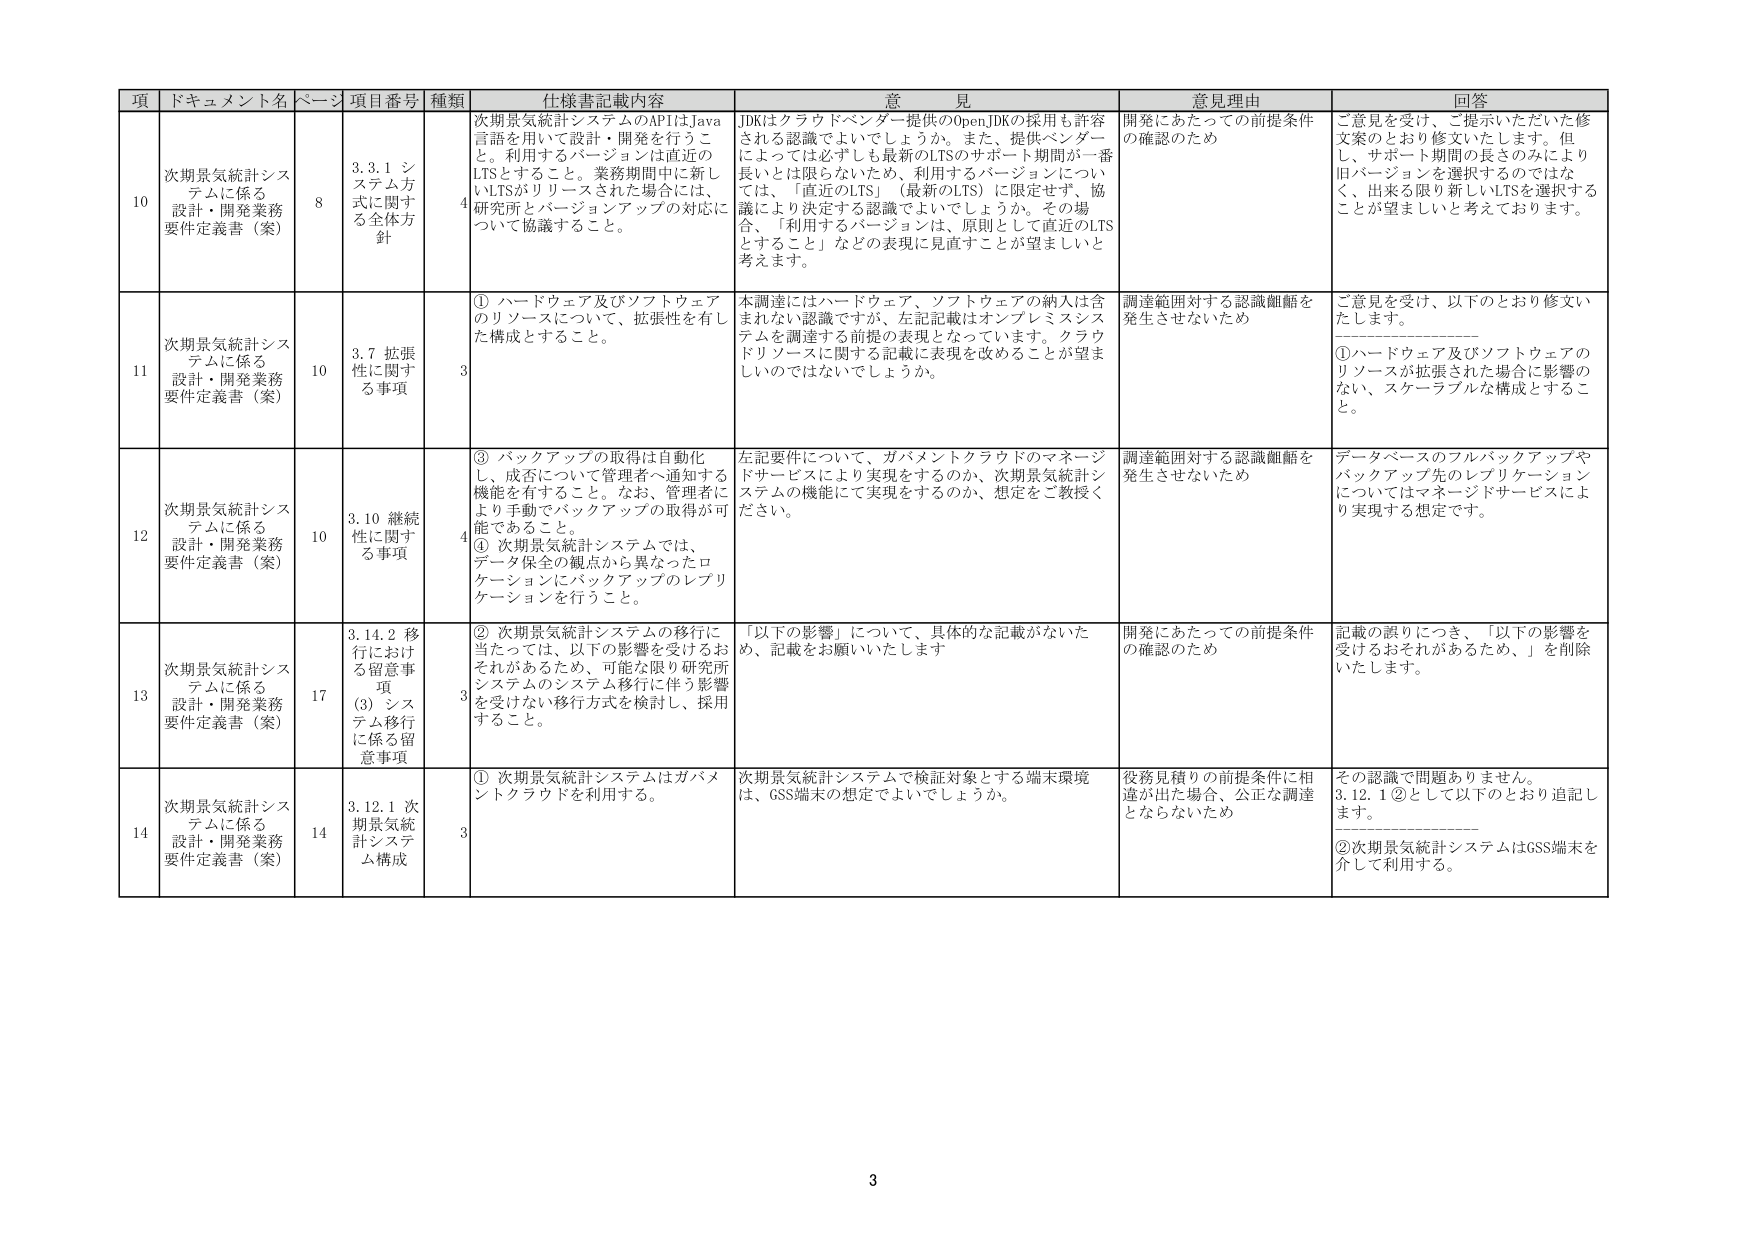
項 ドキュメント名 ページ 項目番号 種類 仕様書記載内容 意見 意見理由 回答
10 次期景気統計システムに係る設計・開発業務要件定義書（案） 8 3.3.1 システム方式に関する全体方針 4 次期景気統計システムのAPIはJava言語を用いて設計・開発を行うこと。利用するバージョンは直近のLTSとすること。業務期間中に新しいLTSがリリースされた場合には、研究所とバージョンアップの対応について協議すること。 JDKはクラウドベンダー提供のOpenJDKの採用も許容される認識でよいでしょうか。また、提供ベンダーによっては必ずしも最新のLTSのサポート期間が一番長いとは限らないため、利用するバージョンについては、「直近のLTS」（最新のLTS）に限定せず、協議により決定する認識でよいでしょうか。その場合、「利用するバージョンは、原則として直近のLTSとすること」などの表現に見直すことが望ましいと考えます。 開発にあたっての前提条件の確認のため ご意見を受け、ご提示いただいた修文案のとおり修正いたします。但し、サポート期間の長さのみにより旧バージョンを選択するのではなく、出来る限り新しいLTSを選択することが望ましいと考えております。
11 次期景気統計システムに係る設計・開発業務要件定義書（案） 10 3.7 拡張性に関する事項 3 ① ハードウェア及びソフトウェアのリソースについて、拡張性を有した構成とすること。 本調達にはハードウェア、ソフトウェアの納入は含まれない認識ですが、左記記載はオンプレミスシステムを調達する前提の表現となっています。クラウドリソースに関する記載に表現を改めることが望ましいのではないでしょうか。 調達範囲対する認識齟齬を発生させないため ご意見を受け、以下のとおり修文いたします。 ①ハードウェア及びソフトウェアのリソースが拡張された場合に影響のない、スケーラブルな構成とすること。
12 次期景気統計システムに係る設計・開発業務要件定義書（案） 10 3.10 継続性に関する事項 4 ③ バックアップの取得は自動化し、成否について管理者へ通知する機能を有すること。なお、管理者により手動でバックアップの取得が可能であること。 ④ 次期景気統計システムでは、データ保全の観点から異なったロケーションにバックアップのレプリケーションを行うこと。 左記要件について、ガバメントクラウドのマネージドサービスにより実現をするのか、次期景気統計システムの機能にて実現をするのか、想定をご教授ください。 調達範囲対する認識齟齬を発生させないため データベースのフルバックアップやバックアップ先のレプリケーションについてはマネージドサービスにより実現する想定です。
13 次期景気統計システムに係る設計・開発業務要件定義書（案） 17 3.14.2 移行における留意事項 (3) システム移行に係る留意事項 3 ② 次期景気統計システムの移行に当たっては、以下の影響を受けるおそれがあるため、可能な限り研究所システムのシステム移行に伴う影響を受けない移行方式を検討し、採用すること。 「以下の影響」について、具体的な記載がないため、記載をお願いいたします 開発にあたっての前提条件の確認のため 記載の誤りにつき、「以下の影響を受けるおそれがあるため、」を削除いたします。
14 次期景気統計システムに係る設計・開発業務要件定義書（案） 14 3.12.1 次期景気統計システム構成 3 ① 次期景気統計システムはガバメントクラウドを利用する。 次期景気統計システムで検証対象とする端末環境は、GSS端末の想定でよいでしょうか。 役務見積りの前提条件に相違が出た場合、公正な調達とならないため その認識で問題ありません。3.12.1②として以下のとおり追記します。 ②次期景気統計システムはGSS端末を介して利用する。
3